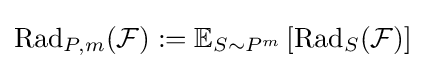
\operatorname {Rad} _{P,m}({\mathcal {F}}):=\mathbb {E} _{S\sim P^{m}}\left[\operatorname {Rad} _{S}({\mathcal {F}})\right]